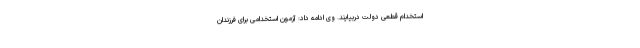
استخدام قطعی دولت دربیایند. وی ادامه داد: آزمون استخدامی برای فرزندان